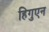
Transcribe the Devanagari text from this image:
हिगुएन